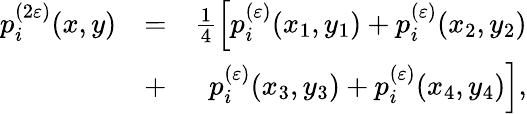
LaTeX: \begin{array}{rlr}{p_{i}^{(2\varepsilon)}(x,y)}&{=}&{\frac{1}{4}\Bigl[p_{i}^{(\varepsilon)}(x_{1},y_{1})+p_{i}^{(\varepsilon)}(x_{2},y_{2})}\\ &{+}&{p_{i}^{(\varepsilon)}(x_{3},y_{3})+p_{i}^{(\varepsilon)}(x_{4},y_{4})\Bigr],}\end{array}